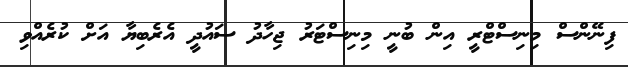
ފިނޭންސް މިނިސްޓްރީ އިން ބުނީ މިނިސްޓަރު ޖިހާދު ސައުދީ އެރެބިޔާ އަށް ކުރެއްވި